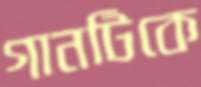
গানটিকে